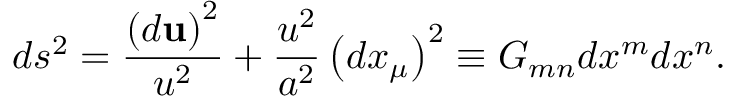
d s ^ { 2 } = \frac { \left( d { \bf u } \right) ^ { 2 } } { u ^ { 2 } } + \frac { u ^ { 2 } } { a ^ { 2 } } \left( d x _ { \mu } \right) ^ { 2 } \equiv G _ { m n } d x ^ { m } d x ^ { n } .